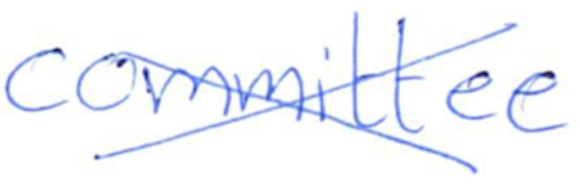
Text: committee
Cross-out: cross
Writing tool: ballpoint